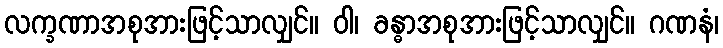
လက္ခဏာအစုအားဖြင့်သာလျှင်။ ဝါ၊ ခန္ဓာအစုအားဖြင့်သာလျှင်။ ဂဏနံ၊